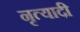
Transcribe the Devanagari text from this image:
नृत्यादी